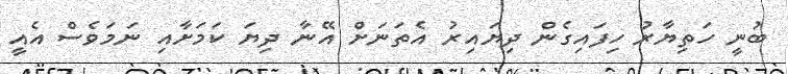
ބުނީ ހަތިޔާރު ހިފައިގެން ދިޔައިރު އެތަނަށް އޭނާ ދިޔަ ކަމަށާއި ނަމަވެސް އެއީ